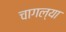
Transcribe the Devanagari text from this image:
चागल्या